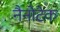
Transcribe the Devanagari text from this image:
नैनोटेक